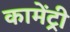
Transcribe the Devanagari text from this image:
कामेंट्री